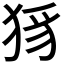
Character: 𤞝